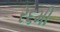
ર૬મી